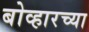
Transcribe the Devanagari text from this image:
बोव्हारच्या